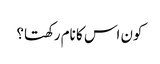
کون اس کا نام رکھتا؟